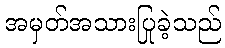
အမှတ်အသားပြုခဲ့သည်